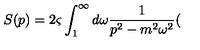
S ( p ) = 2 \varsigma \int _ { 1 } ^ { \infty } d \omega \frac { 1 } { p ^ { 2 } - m ^ { 2 } \omega ^ { 2 } } (